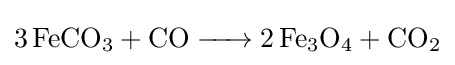
{\ce {3 FeCO3 + CO -> 2 Fe3O4 + CO2}}